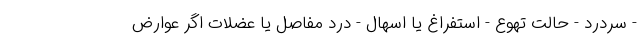
- سردرد - حالت تهوع - استفراغ یا اسهال - درد مفاصل یا عضلات اگر عوارض